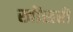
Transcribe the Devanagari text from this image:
खोंसरी